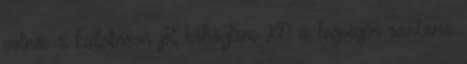
volna. a kidobóson jót röhögtem XD a legvégén santana